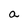
Character: a